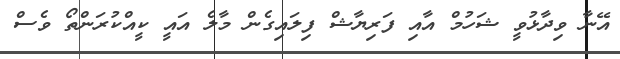
އޭނާ ވިދާޅުވީ ޝަހުމް އާއި ފަރިޔާޝް ފިލައިގެން މާލެ އައީ ކީއްކުރަންތޯ ވެސް